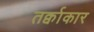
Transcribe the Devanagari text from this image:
तर्क्वाकार